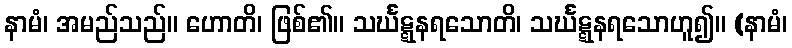
နာမံ၊ အမည်သည်။ ဟောတိ၊ ဖြစ်၏။ သင်္ဃဋ္ဋနရသောတိ၊ သင်္ဃဋ္ဋနရသောဟူ၍။ (နာမံ၊